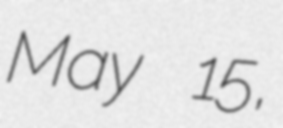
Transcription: May 15,